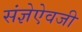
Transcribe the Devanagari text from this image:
संज्ञेऐवजी